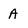
Character: A